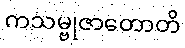
ကသမ္ဗုဇာတောတိ